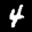
Label: 4